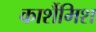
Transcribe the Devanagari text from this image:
कार्शैमिश